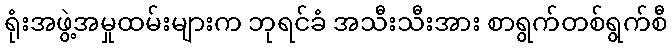
ရုံးအဖွဲ့အမှုထမ်းများက ဘုရင်ခံ အသီးသီးအား စာရွက်တစ်ရွက်စီ